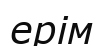
ерім